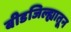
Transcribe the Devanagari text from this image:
बीडजिल्ह्यातून